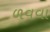
ળવવા